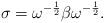
LaTeX: \begin{align*} \sigma = \omega ^{-\frac {1}{2}} \beta \omega ^{-\frac {1}{2}}.\end{align*}